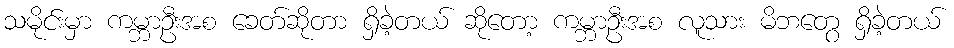
သမိုင်းမှာ ကမ္ဘာဦးအစ ခေတ်ဆိုတာ ရှိခဲ့တယ် ဆိုတော့ ကမ္ဘာဦးအစ လူသား မိဘတွေ ရှိခဲ့တယ်